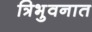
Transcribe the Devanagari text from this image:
त्रिभुवनात